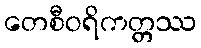
တေစီဝရိကတ္တဿ